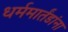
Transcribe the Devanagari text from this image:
धर्ममार्तंडांना